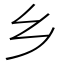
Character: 乡